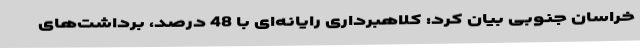
خراسان جنوبی بیان کرد: کلاهبرداری رایانه‌ای با 48 درصد، برداشت‌های